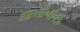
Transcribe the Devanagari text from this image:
एस॰पी॰बी॰टी॰